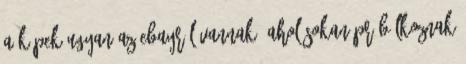
A képek ugyan az eBayről vannak, ahol sokan próbálkoznak